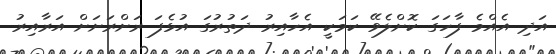
އަދި އެއްމެ ފާހަގަ ކޮށްލެވޭ ކަމަކީ އެހާއިރު ދަތުރުގަ އުޅެފަ ރަށްރަށަށް އަރާއިރު